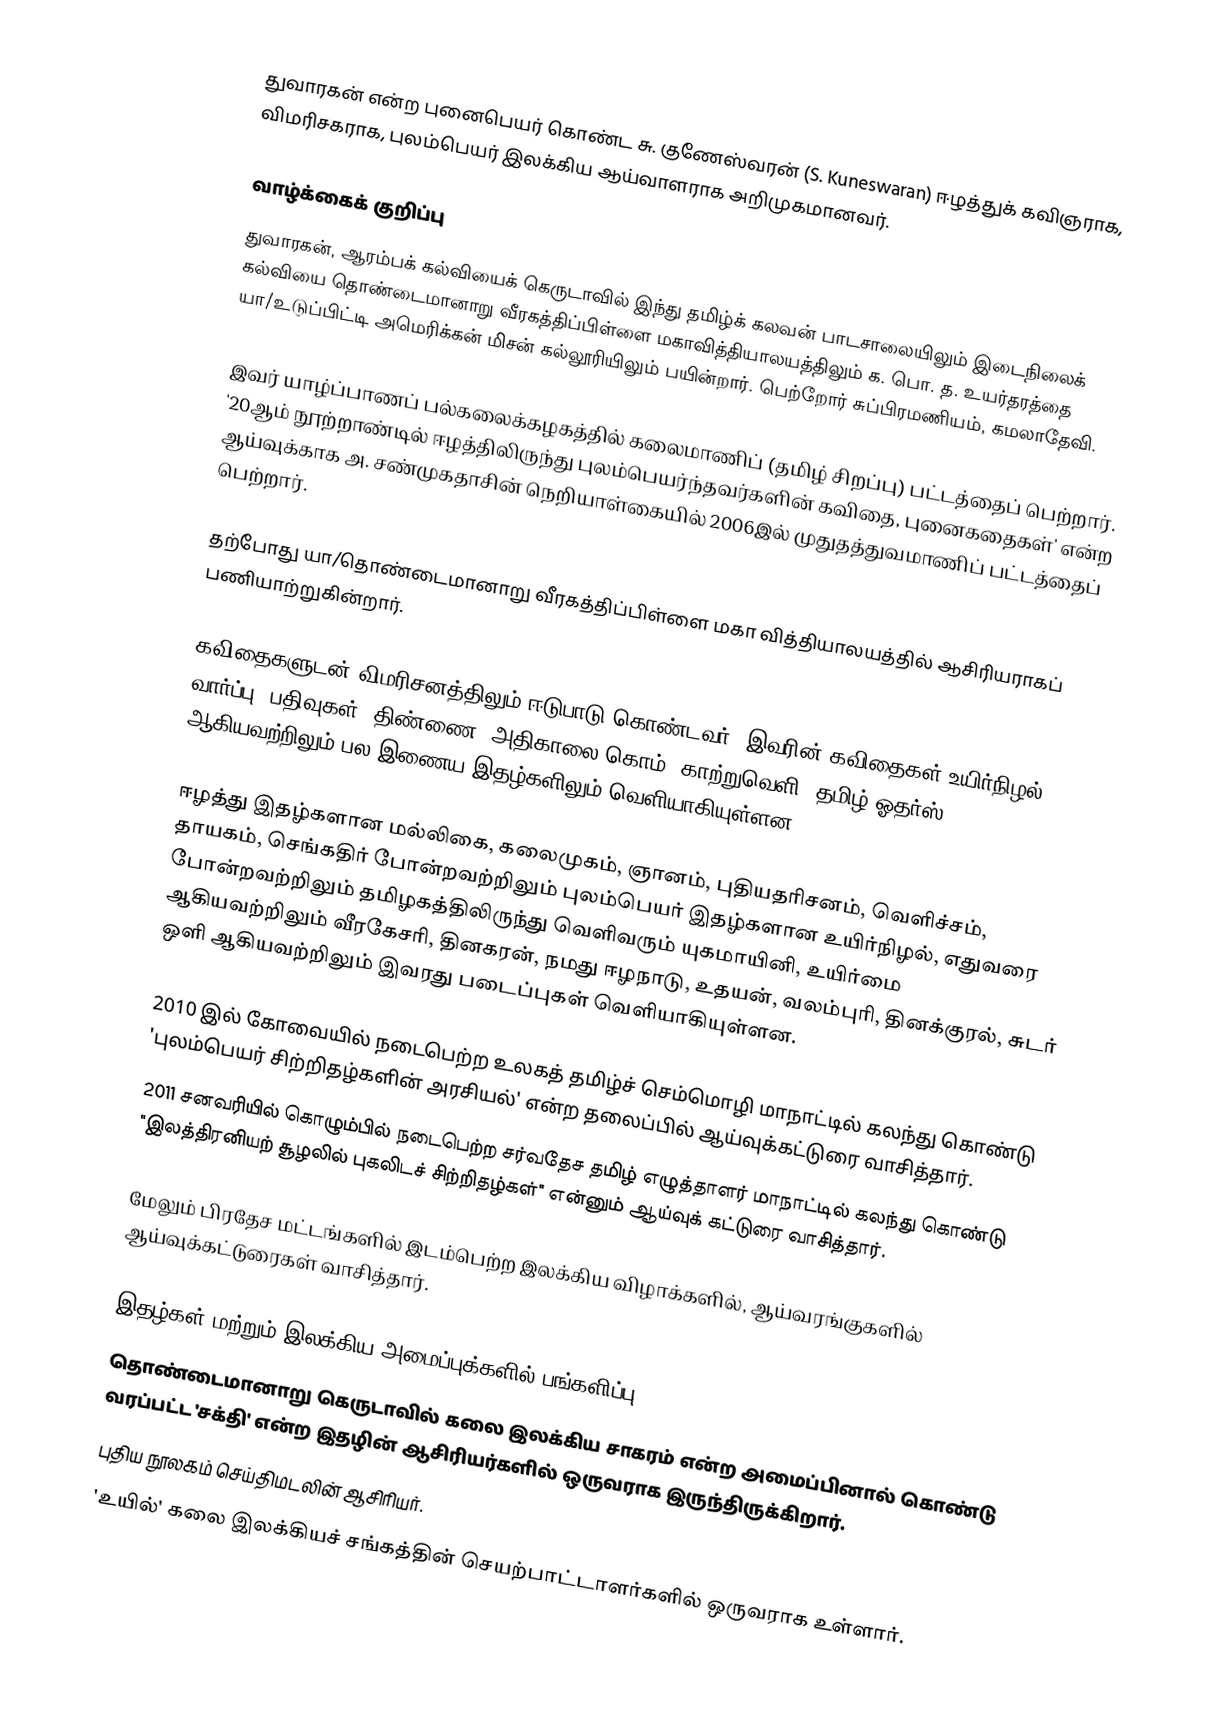
துவாரகன் என்ற புனைபெயர் கொண்ட சு. குணேஸ்வரன் (S. Kuneswaran) ஈழத்துக் கவிஞராக, விமரிசகராக, புலம்பெயர் இலக்கிய ஆய்வாளராக அறிமுகமானவர்.

வாழ்க்கைக் குறிப்பு
துவாரகன், ஆரம்பக் கல்வியைக் கெருடாவில் இந்து தமிழ்க் கலவன் பாடசாலையிலும் இடைநிலைக் கல்வியை தொண்டைமானாறு வீரகத்திப்பிள்ளை மகாவித்தியாலயத்திலும் க. பொ. த. உயர்தரத்தை யா/உடுப்பிட்டி அமெரிக்கன் மிசன் கல்லூரியிலும் பயின்றார். பெற்றோர் சுப்பிரமணியம், கமலாதேவி.

இவர் யாழ்ப்பாணப் பல்கலைக்கழகத்தில் கலைமாணிப் (தமிழ் சிறப்பு) பட்டத்தைப் பெற்றார். '20ஆம் நூற்றாண்டில் ஈழத்திலிருந்து புலம்பெயர்ந்தவர்களின் கவிதை, புனைகதைகள்' என்ற ஆய்வுக்காக அ. சண்முகதாசின் நெறியாள்கையில் 2006இல் முதுதத்துவமாணிப் பட்டத்தைப் பெற்றார்.

தற்போது யா/தொண்டைமானாறு வீரகத்திப்பிள்ளை மகா வித்தியாலயத்தில் ஆசிரியராகப் பணியாற்றுகின்றார்.

கவிதைகளுடன் விமரிசனத்திலும் ஈடுபாடு கொண்டவர். இவரின் கவிதைகள் உயிர்நிழல், வார்ப்பு, பதிவுகள், திண்ணை, அதிகாலை.கொம், காற்றுவெளி, தமிழ் ஓதர்ஸ் ஆகியவற்றிலும் பல இணைய இதழ்களிலும் வெளியாகியுள்ளன.

ஈழத்து இதழ்களான மல்லிகை, கலைமுகம், ஞானம், புதியதரிசனம், வெளிச்சம், தாயகம், செங்கதிர் போன்றவற்றிலும் புலம்பெயர் இதழ்களான உயிர்நிழல், எதுவரை போன்றவற்றிலும் தமிழகத்திலிருந்து வெளிவரும் யுகமாயினி, உயிர்மை ஆகியவற்றிலும் வீரகேசரி, தினகரன், நமது ஈழநாடு, உதயன், வலம்புரி, தினக்குரல், சுடர் ஒளி ஆகியவற்றிலும் இவரது படைப்புகள் வெளியாகியுள்ளன.

 2010 இல் கோவையில் நடைபெற்ற உலகத் தமிழ்ச் செம்மொழி மாநாட்டில் கலந்து கொண்டு 'புலம்பெயர் சிற்றிதழ்களின் அரசியல்' என்ற தலைப்பில் ஆய்வுக்கட்டுரை வாசித்தார்.
 2011 சனவரியில் கொழும்பில் நடைபெற்ற சர்வதேச தமிழ் எழுத்தாளர் மாநாட்டில் கலந்து கொண்டு "இலத்திரனியற் சூழலில் புகலிடச் சிற்றிதழ்கள்" என்னும் ஆய்வுக் கட்டுரை வாசித்தார்.

மேலும் பிரதேச மட்டங்களில் இடம்பெற்ற இலக்கிய விழாக்களில், ஆய்வரங்குகளில் ஆய்வுக்கட்டுரைகள் வாசித்தார்.

இதழ்கள் மற்றும் இலக்கிய அமைப்புக்களில் பங்களிப்பு
தொண்டைமானாறு கெருடாவில் கலை இலக்கிய சாகரம் என்ற அமைப்பினால் கொண்டு வரப்பட்ட 'சக்தி' என்ற இதழின் ஆசிரியர்களில் ஒருவராக இருந்திருக்கிறார்.
புதிய நூலகம் செய்திமடலின் ஆசிரியர்.
'உயில்' கலை இலக்கியச் சங்கத்தின் செயற்பாட்டாளர்களில் ஒருவராக உள்ளார்.